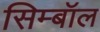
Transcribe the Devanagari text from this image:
सिम्बॉल